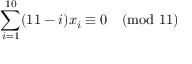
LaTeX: \sum _ { i = 1 } ^ { 1 0 } ( 1 1 - i ) x _ { i } \equiv 0 { \pmod { 1 1 } }